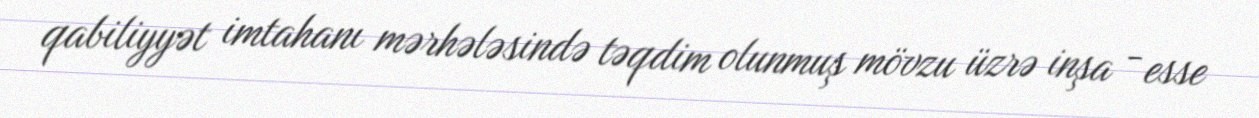
qabiliyyət imtahanı mərhələsində təqdim olunmuş mövzu üzrə inşa - esse